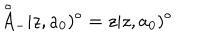
LaTeX: { \mathop { A } ^ { \circ } } _ { - } | z , a _ { 0 } ) ^ { \circ } = z | z , a _ { 0 } ) ^ { \circ }